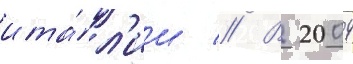
ита́л'ии // В 2004